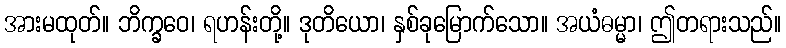
အားမထုတ်။ ဘိက္ခဝေ၊ ရဟန်းတို့။ ဒုတိယော၊ နှစ်ခုမြောက်သော။ အယံဓမ္မာ၊ ဤတရားသည်။